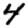
Digit: 4